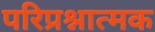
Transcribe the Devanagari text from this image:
परिप्रश्नात्मक